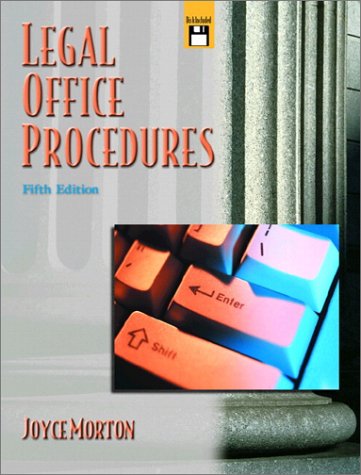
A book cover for Legal Office Procedures (5th Edition); Joyce Morton; Law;